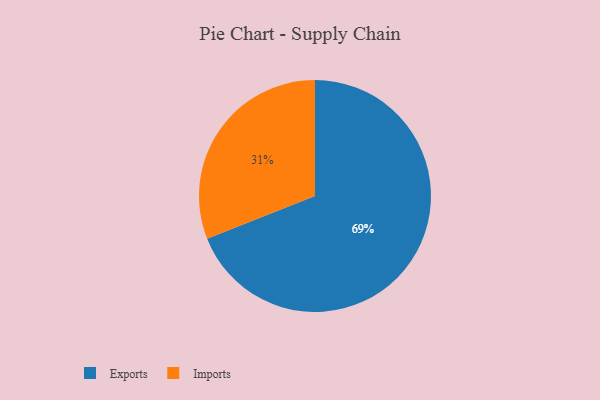
{"axis": {"x": "Category", "y": "Percentage"}, "legend": ["Exports", "Imports"], "data": [{"x": "Imports", "y": 31, "type": "Imports"}, {"x": "Exports", "y": 69, "type": "Exports"}]}